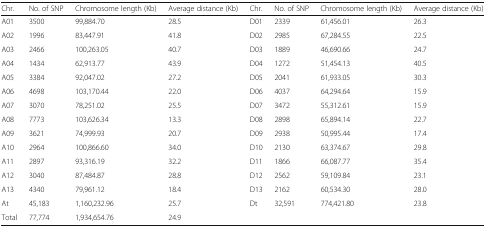
<table><thead><tr><td><b>Chr.</b></td><td><b>No. of SNP</b></td><td><b>Chromosome length (Kb)</b></td><td><b>Average distance (Kb)</b></td><td><b>Chr.</b></td><td><b>No. of SNP</b></td><td><b>Chromosome length (Kb)</b></td><td><b>Average distance (Kb)</b></td></tr></thead><tbody><tr><td>A01</td><td>3500</td><td>99,884.70</td><td>28.5</td><td>D01</td><td>2339</td><td>61,456.01</td><td>26.3</td></tr><tr><td>A02</td><td>1996</td><td>83,447.91</td><td>41.8</td><td>D02</td><td>2985</td><td>67,284.55</td><td>22.5</td></tr><tr><td>A03</td><td>2466</td><td>100,263.05</td><td>40.7</td><td>D03</td><td>1889</td><td>46,690.66</td><td>24.7</td></tr><tr><td>A04</td><td>1434</td><td>62,913.77</td><td>43.9</td><td>D04</td><td>1272</td><td>51,454.13</td><td>40.5</td></tr><tr><td>A05</td><td>3384</td><td>92,047.02</td><td>27.2</td><td>D05</td><td>2041</td><td>61,933.05</td><td>30.3</td></tr><tr><td>A06</td><td>4698</td><td>103,170.44</td><td>22.0</td><td>D06</td><td>4037</td><td>64,294.64</td><td>15.9</td></tr><tr><td>A07</td><td>3070</td><td>78,251.02</td><td>25.5</td><td>D07</td><td>3472</td><td>55,312.61</td><td>15.9</td></tr><tr><td>A08</td><td>7773</td><td>103,626.34</td><td>13.3</td><td>D08</td><td>2898</td><td>65,894.14</td><td>22.7</td></tr><tr><td>A09</td><td>3621</td><td>74,999.93</td><td>20.7</td><td>D09</td><td>2938</td><td>50,995.44</td><td>17.4</td></tr><tr><td>A10</td><td>2964</td><td>100,866.60</td><td>34.0</td><td>D10</td><td>2130</td><td>63,374.67</td><td>29.8</td></tr><tr><td>A11</td><td>2897</td><td>93,316.19</td><td>32.2</td><td>D11</td><td>1866</td><td>66,087.77</td><td>35.4</td></tr><tr><td>A12</td><td>3040</td><td>87,484.87</td><td>28.8</td><td>D12</td><td>2562</td><td>59,109.84</td><td>23.1</td></tr><tr><td>A13</td><td>4340</td><td>79,961.12</td><td>18.4</td><td>D13</td><td>2162</td><td>60,534.30</td><td>28.0</td></tr><tr><td>At</td><td>45,183</td><td>1,160,232.96</td><td>25.7</td><td>Dt</td><td>32,591</td><td>774,421.80</td><td>23.8</td></tr><tr><td>Total</td><td>77,774</td><td>1,934,654.76</td><td>24.9</td><td></td><td></td><td></td><td></td></tr></tbody></table>